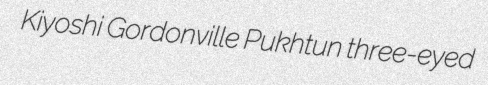
Kiyoshi Gordonville Pukhtun three-eyed